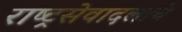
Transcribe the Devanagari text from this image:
राष्ट्रसेवादलाचे